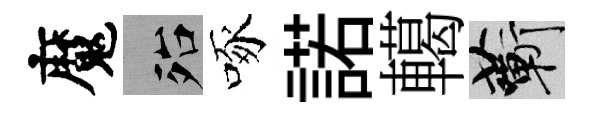
魔殆啄諾轕蔪